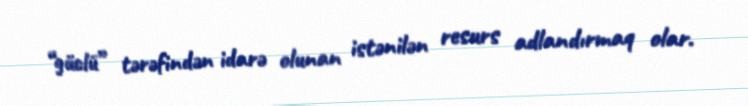
“güclü” tərəfindən idarə olunan istənilən resurs adlandırmaq olar.